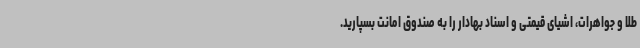
طلا و جواهرات، اشیای قیمتی و اسناد بهادار را به صندوق امانت بسپارید.